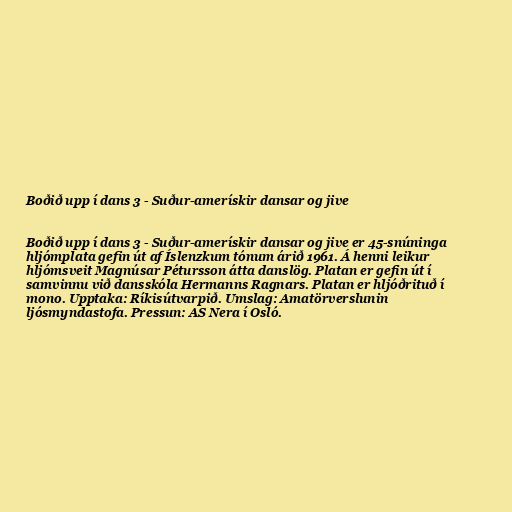
Boðið upp í dans 3 - Suður-amerískir dansar og jive

Boðið upp í dans 3 - Suður-amerískir dansar og jive er 45-snúninga
hljómplata gefin út af Íslenzkum tónum árið 1961. Á henni leikur
hljómsveit Magnúsar Pétursson átta danslög. Platan er gefin út í
samvinnu við dansskóla Hermanns Ragnars. Platan er hljóðrituð í
mono. Upptaka: Ríkisútvarpið. Umslag: Amatörverslunin
ljósmyndastofa. Pressun: AS Nera í Osló.